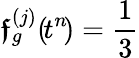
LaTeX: \boldsymbol{\mathfrak{f}}_{g}^{(j)}(\! t^{n}\! )=\frac{1}{3}